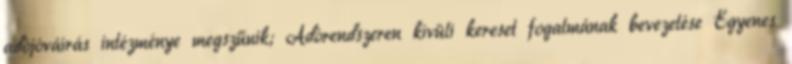
adójóváírás intézménye megszűnik; Adórendszeren kívüli kereset fogalmának bevezetése Egyenes